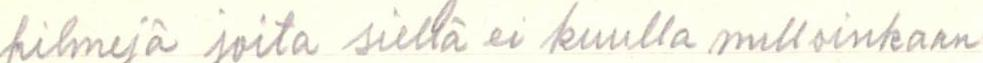
filmejä joita siellä ei kuulla milloinkaan